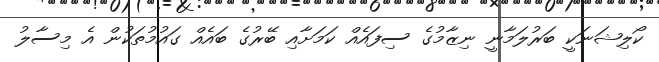
ކޯލިޝަނަކީ ބަރުލަމާނީ ނިޒާމުގެ ސިފައެއް ކަމަށާއި ބޭރުގެ ބައެއް ގައުމުތަކުން އެ މިސާލު